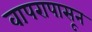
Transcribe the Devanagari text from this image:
वापरापासून